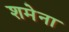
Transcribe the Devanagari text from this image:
शमेना